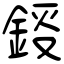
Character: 鋄